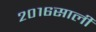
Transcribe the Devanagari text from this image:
२०१६साली